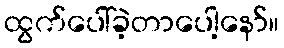
ထွက်ပေါ်ခဲ့တာပေါ့နော်။